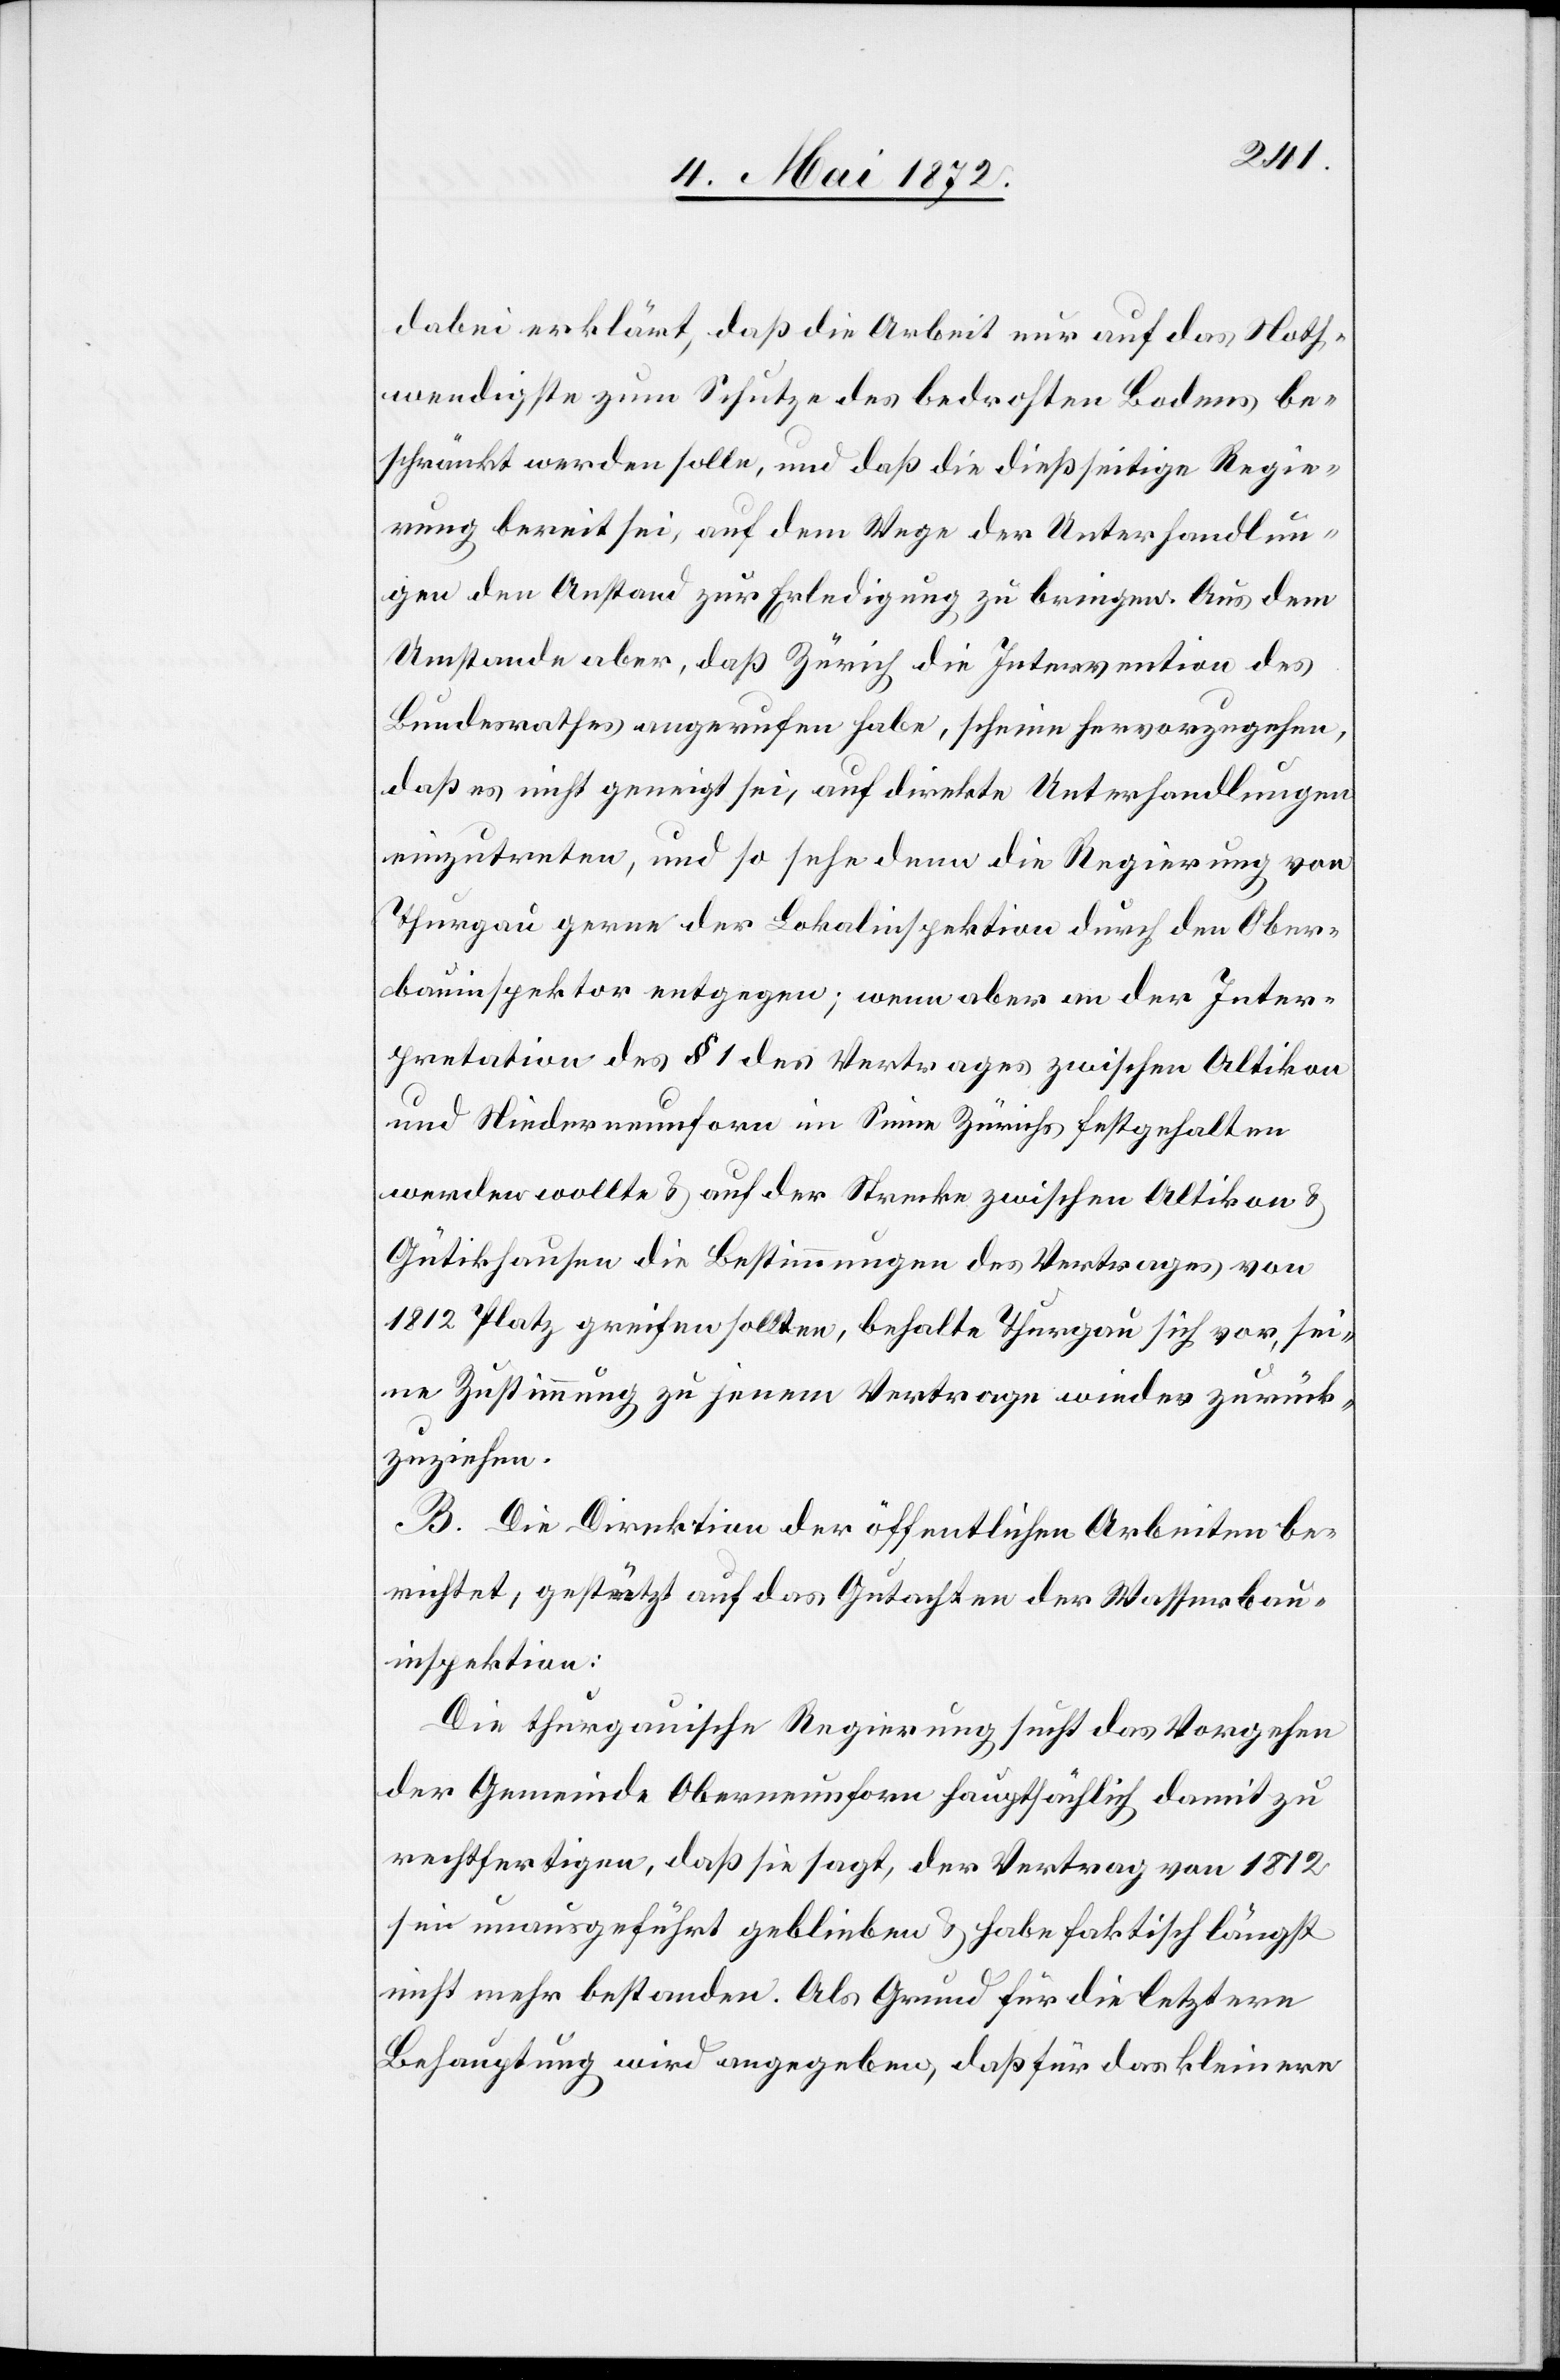
dabei erklärt, daß die Arbeit nur auf das Noth¬
wendigste zum Schutze des bedrohten Bodens be¬
schränkt werden solle, und daß die dießseitige Regie¬
rung bereit sei, auf dem Wege der Unterhandlun¬
gen den Anstand zur Erledigung zu bringen. Aus dem
Umstande aber, daß Zürich die Intervention des
Bundesrathes angerufen habe, scheine hervorzugehen,
daß es nicht geneigt sei, auf direkte Unterhandlungen
einzutreten, und so sehe denn die Regierung von
Thurgau gerne der Lokalinspektion durch den Ober¬
bauinspektor entgegen; wenn aber an der Inter¬
pretation des § 1 des Vertrages zwischen Altikon
und Niederneunforn im Sinne Zürichs festgehalten
werden wollte u. auf der Strecke zwischen Altikon u.
Gütikhausen die Bestimmungen des Vertrages von
1812 Platz greifen sollten, behalte Thurgau sich vor, sei¬
ne Zustimmung zu jenem Vertrage wieder zurück¬
zuziehen.
B. Die Direktion der öffentlichen Arbeiten be¬
richtet, gestützt auf das Gutachten der Wasserbau¬
inspektion:
Die thurgauische Regierung sucht das Vorgehen
der Gemeinde Oberneunforn hauptsächlich damit zu
rechtfertigen, daß sie sagt, der Vertrag von 1812
sei unausgeführt geblieben u. habe faktisch längst
nicht mehr bestanden. Als Grund für die letztere
Behauptung wird angegeben, daß für das kleinere